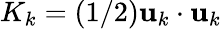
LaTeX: K_{k}=(1/2){\mathbf u}_{k}\cdot{\mathbf u}_{k}